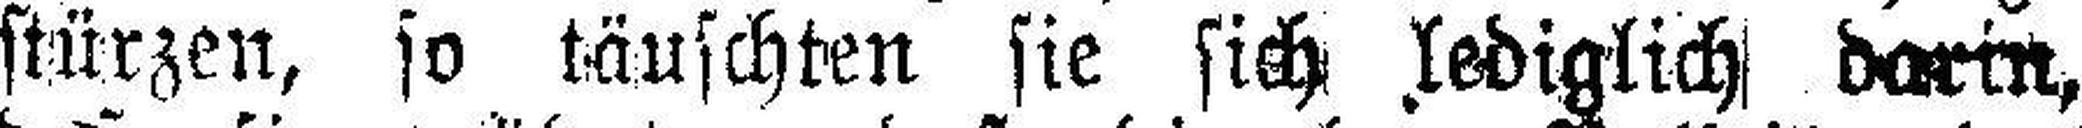
stürzen, so täuschten sie sich lediglich darin,